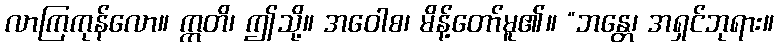
လာကြကုန်လော။ ဣတိ၊ ဤသို့။ အဝေါစ၊ မိန့်တော်မူ၏။ “ဘန္တေ၊ အရှင်ဘုရား။